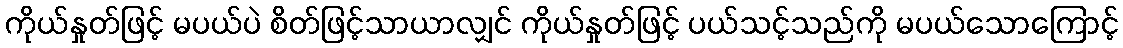
ကိုယ်နှုတ်ဖြင့် မပယ်ပဲ စိတ်ဖြင့်သာယာလျှင် ကိုယ်နှုတ်ဖြင့် ပယ်သင့်သည်ကို မပယ်သောကြောင့်